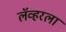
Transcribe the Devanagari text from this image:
लॅव्हरला